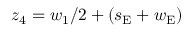
z _ { 4 } = w _ { 1 } / 2 + ( s _ { \mathrm { E } } + w _ { \mathrm { E } } )